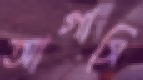
আগাসি